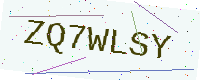
Text: ZQ7WLSY